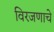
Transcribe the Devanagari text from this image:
विरजणाचे